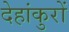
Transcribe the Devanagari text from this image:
देहांकुरों